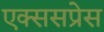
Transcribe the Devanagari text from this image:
एक्ससप्रेस